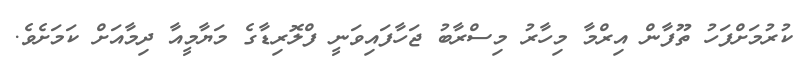
ކުރުމަށްފަހު ތޫފާން އިރްމާ މިހާރު މިސްރާބު ޖަހާފައިވަނީ ފްލޮރިޑާގެ މަޔާމީއާ ދިމާއަށް ކަމަށެވެ.